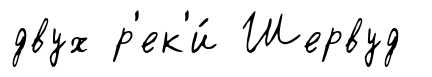
двух р'ек'и́ Шервуд